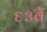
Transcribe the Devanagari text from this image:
६३वें